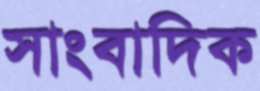
সাংবাদিক